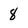
Character: 8